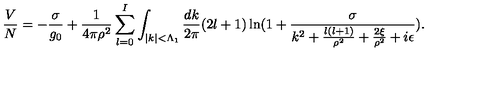
\frac { V } { N } = - \frac { \sigma } { g _ { 0 } } + \frac { 1 } { 4 \pi \rho ^ { 2 } } \sum _ { l = 0 } ^ { I } \int _ { | k | < \Lambda _ { 1 } } \frac { d k } { 2 \pi } ( 2 l + 1 ) \ln ( 1 + \frac { \sigma } { k ^ { 2 } + \frac { l ( l + 1 ) } { \rho ^ { 2 } } + \frac { 2 \xi } { \rho ^ { 2 } } + i \epsilon } ) .